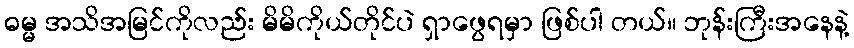
ဓမ္မ အသိအမြင်ကိုလည်း မိမိကိုယ်တိုင်ပဲ ရှာဖွေရမှာ ဖြစ်ပါ တယ်။ ဘုန်းကြီးအနေနဲ့